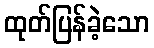
ထုတ်ပြန်ခဲ့သော